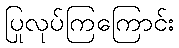
ပြုလုပ်ကြကြောင်း